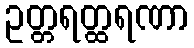
ဥတ္တရတ္ထရဏာ